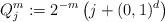
LaTeX: \begin{align*} Q^m_j := 2^{-m} \left(j + (0,1)^d\right)\end{align*}